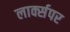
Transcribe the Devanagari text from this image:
लार्क्सपर